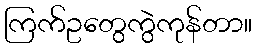
ကြက်ဥတွေကွဲကုန်တာ။